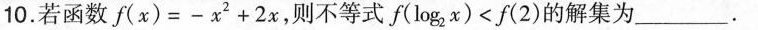
10.若函数f(\chi )=-\chi ^{2}+2\chi ，则不等式f(\log_{2}{\chi })<f(2)的解集为___。